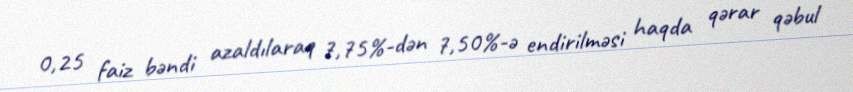
0,25 faiz bəndi azaldılaraq 7,75%-dən 7,50%-ə endirilməsi haqda qərar qəbul